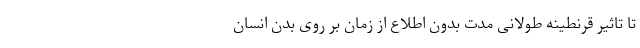
تا تاثیر قرنطینه‌ طولانی مدت بدون اطلاع از زمان بر روی بدن انسان